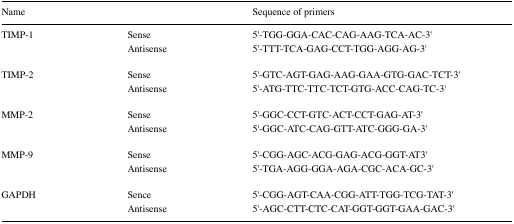
| Name |  | Sequence of primers |
 | --- | --- | --- |
 | TIMP-1 | Sense | 5′-TGG-GGA-CAC-CAG-AAG-TCA-AC-3′ |
 |  | Antisense | 5′-TTT-TCA-GAG-CCT-TGG-AGG-AG-3′ |
 | TIMP-2 | Sense | 5′-GTC-AGT-GAG-AAG-GAA-GTG-GAC-TCT-3′ |
 |  | Antisense | 5′-ATG-TTC-TTC-TCT-GTG-ACC-CAG-TC-3′ |
 | MMP-2 | Sense | 5′-GGC-CCT-GTC-ACT-CCT-GAG-AT-3′ |
 |  | Antisense | 5′-GGC-ATC-CAG-GTT-ATC-GGG-GA-3′ |
 | MMP-9 | Sense | 5′-CGG-AGC-ACG-GAG-ACG-GGT-AT3′ |
 |  | Antisense | 5′-TGA-AGG-GGA-AGA-CGC-ACA-GC-3′ |
 | GAPDH | Sence | 5′-CGG-AGT-CAA-CGG-ATT-TGG-TCG-TAT-3′ |
 |  | Antisense | 5′-AGC-CTT-CTC-CAT-GGT-GGT-GAA-GAC-3′ |